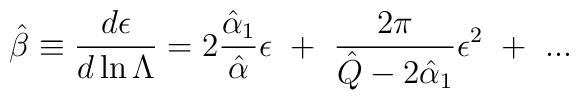
\hat\beta\equiv{d\epsilon\over d\ln \Lambda}= 2\frac{{\hat\alpha_1}}{{\hat\alpha}}\epsilon~+~{2\pi\over \hat Q-2\hat\alpha_1}\epsilon^2~+~...